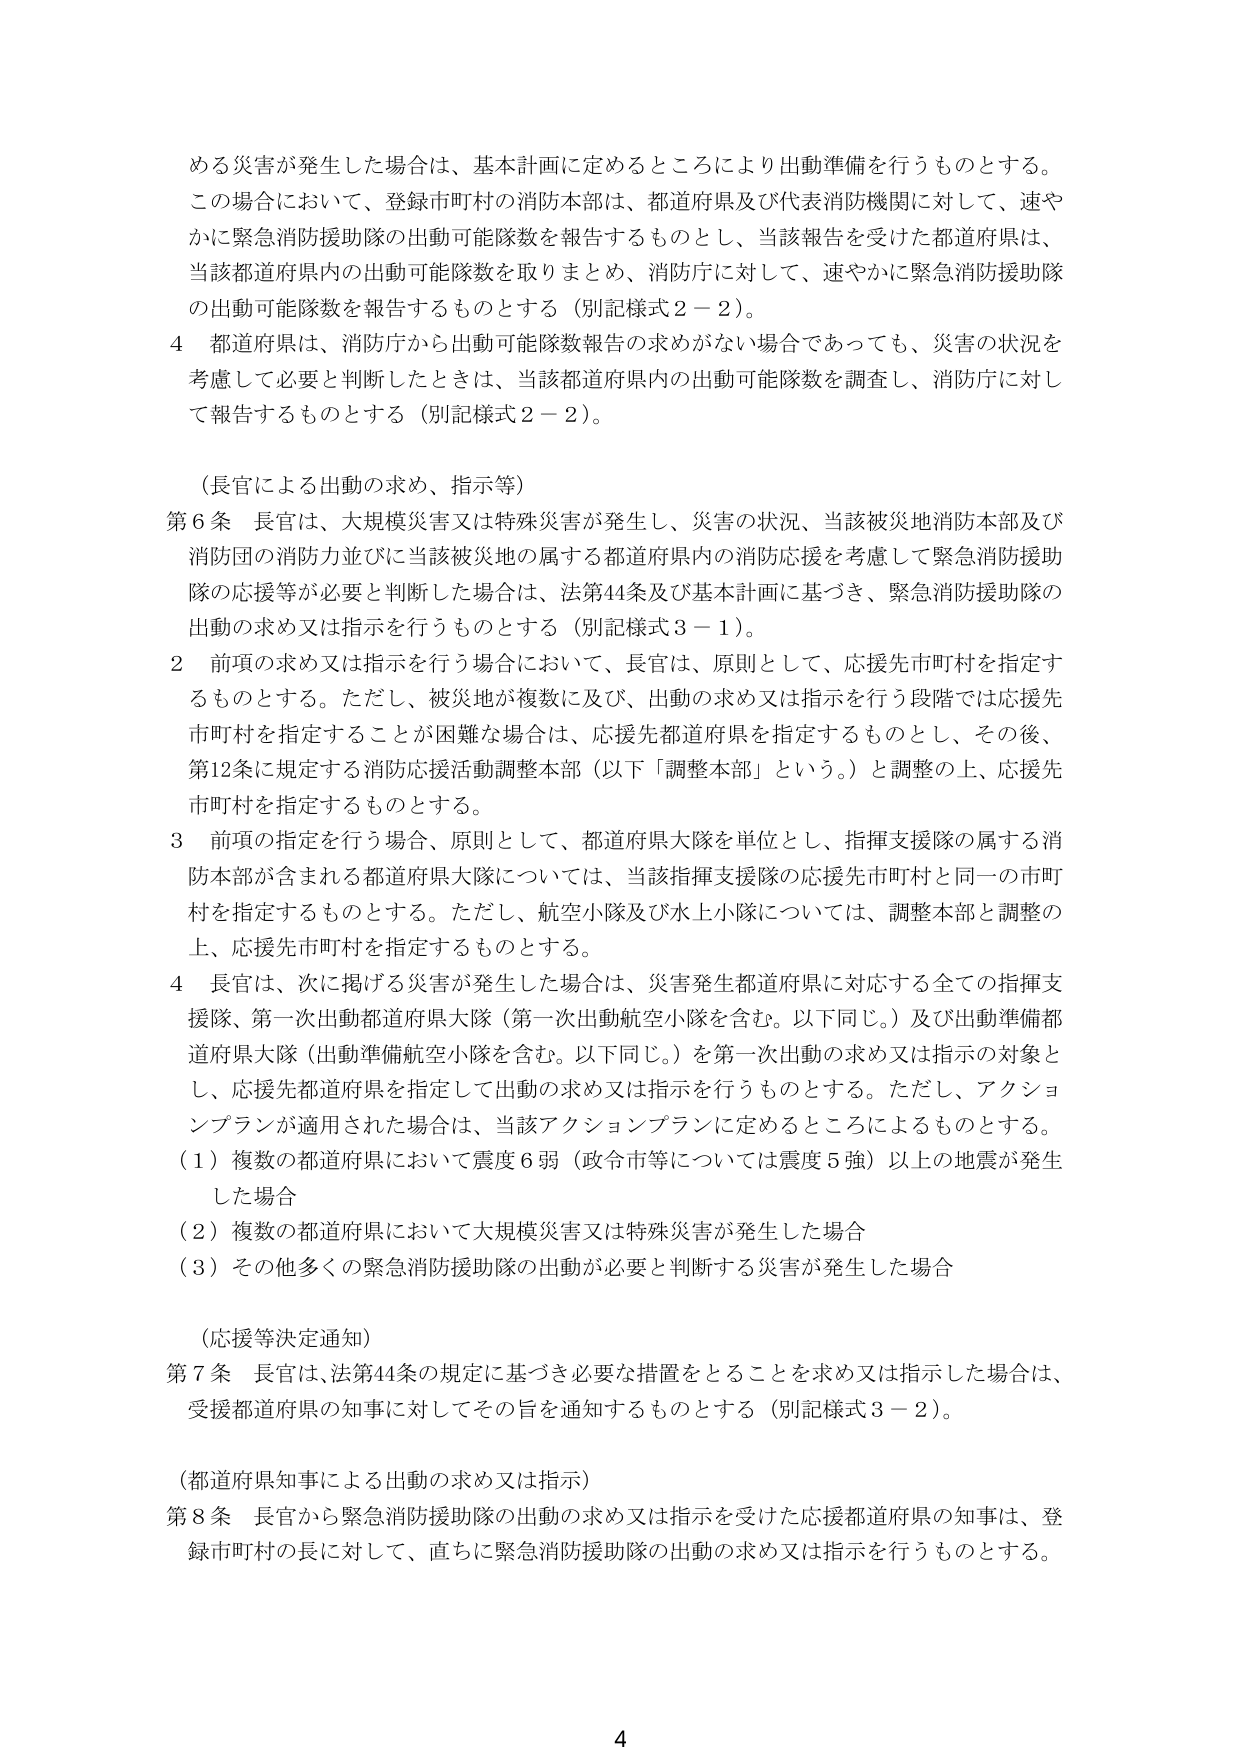
める災害が発生した場合は、基本計画に定めるところにより出動準備を行うものとする。
この場合において、登録市町村の消防本部は、都道府県及び代表消防機関に対して、速やかに緊急消防援助隊の出動可能隊数を報告するものとし、当該報告を受けた都道府県は、当該都道府県内の出動可能隊数を取りまとめ、消防庁に対して、速やかに緊急消防援助隊の出動可能隊数を報告するものとする（別記様式２－２）。
４ 都道府県は、消防庁から出動可能隊数報告の求めがない場合であっても、災害の状況を考慮して必要と判断したときは、当該都道府県内の出動可能隊数を調査し、消防庁に対して報告するものとする（別記様式２－２）。

（長官による出動の求め、指示等）
第６条 長官は、大規模災害又は特殊災害が発生し、災害の状況、当該被災地消防本部及び消防団の消防力並びに当該被災地の属する都道府県内の消防応援を考慮して緊急消防援助隊の応援等が必要と判断した場合は、法第44条及び基本計画に基づき、緊急消防援助隊の出動の求め又は指示を行うものとする（別記様式３－１）。
２ 前項の求め又は指示を行う場合において、長官は、原則として、応援先市町村を指定するものとする。ただし、被災地が複数に及び、出動の求め又は指示を行う段階では応援先市町村を指定することが困難な場合は、応援先都道府県を指定するものとし、その後、第12条に規定する消防応援活動調整本部（以下「調整本部」という。）と調整の上、応援先市町村を指定するものとする。
３ 前項の指定を行う場合、原則として、都道府県大隊を単位とし、指揮支援隊の属する消防本部が含まれる都道府県大隊については、当該指揮支援隊の応援先市町村と同一の市町村を指定するものとする。ただし、航空小隊及び水上小隊については、調整本部と調整の上、応援先市町村を指定するものとする。
４ 長官は、次に掲げる災害が発生した場合は、災害発生都道府県に対応する全ての指揮支援隊、第一次出動都道府県大隊（第一次出動航空小隊を含む。以下同じ。）及び出動準備都道府県大隊（出動準備航空小隊を含む。以下同じ。）を第一次出動の求め又は指示の対象とし、応援先都道府県を指定して出動の求め又は指示を行うものとする。ただし、アクションプランが適用された場合は、当該アクションプランに定めるところによるものとする。
（１）複数の都道府県において震度６弱（政令市等については震度５強）以上の地震が発生した場合
（２）複数の都道府県において大規模災害又は特殊災害が発生した場合
（３）その他多くの緊急消防援助隊の出動が必要と判断する災害が発生した場合

（応援等決定通知）
第７条 長官は、法第44条の規定に基づき必要な措置をとることを求め又は指示した場合は、受援都道府県の知事に対してその旨を通知するものとする（別記様式３－２）。

（都道府県知事による出動の求め又は指示）
第８条 長官から緊急消防援助隊の出動の求め又は指示を受けた応援都道府県の知事は、登録市町村の長に対して、直ちに緊急消防援助隊の出動の求め又は指示を行うものとする。

4